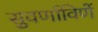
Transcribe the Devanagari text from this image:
सुवर्णाविणें